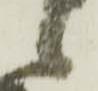
候